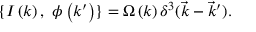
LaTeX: \{ I \left( k \right) , \ \phi \left( k ^ { \prime } \right) \} = \Omega \left( k \right) \delta ^ { 3 } ( \vec { k } - \vec { k } ^ { \prime } ) .